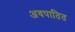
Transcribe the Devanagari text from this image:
अवपातित